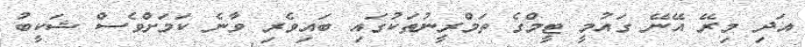
އަދި މިރޭ އޭނޭ ގައުމީ ޓީމްގެ ތަމްރީނުތަކުގައި ބައިވެރި ވާނެ ކަމަށްވެސް ޝަކީބު